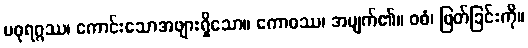
မဓုရဂ္ဂဿ၊ ကောင်းသောအဖျားရှိသော။ ကောဓဿ၊ အမျက်၏။ ဝဓံ၊ ဖြတ်ခြင်းကို။